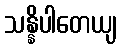
သန္နိပါတေယျ